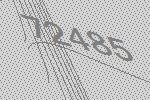
72485